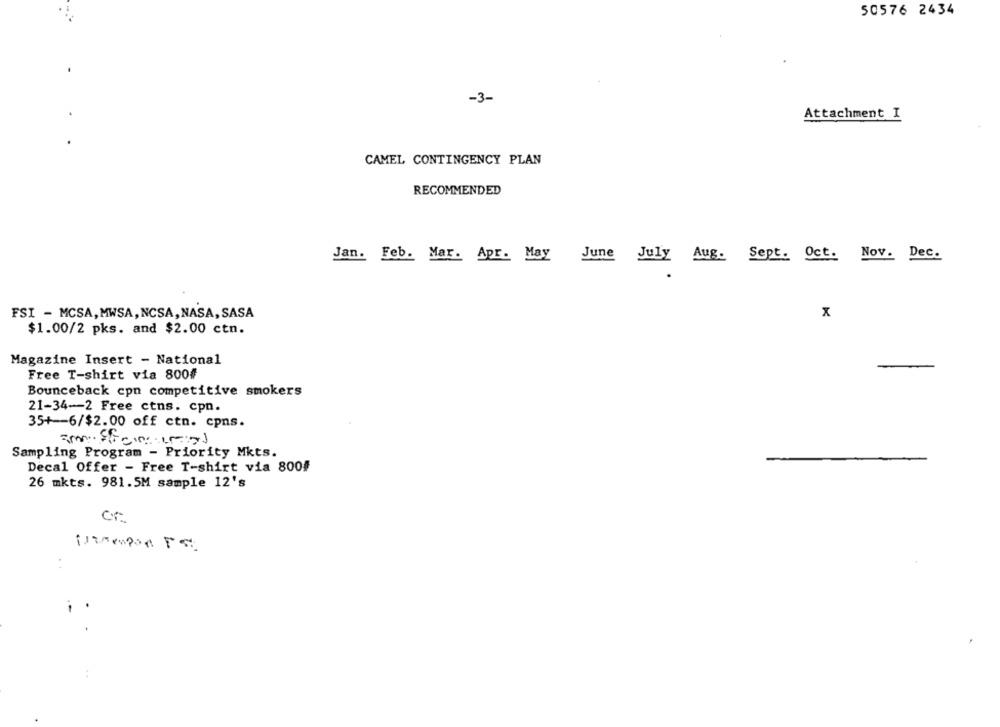
50576 2434
-3-
Attachment I
CAMEL CONTINGENCY PLAN
RECOMMENDED
Jan. Feb. Max. Apr. May June July Aug. Sept. Oct. Nov. Dec.
x
FSI - MCSA,MWSA, NCSA,NASA, SASA
$1.00/2 pks. and $2.00 ctn.
Magazine Insert - National
Free T-shirt via 800#
Bounceback cpn competitive smokers
21-34-2 Free ctns. cpn.
35+ -- 6/$2.00 off ctn. cpns.
Sampling Program - Priority Mkts.
Decal Offer - Free T-shirt via 800#
26 mkts. 981.5M sample 12's
cr
: